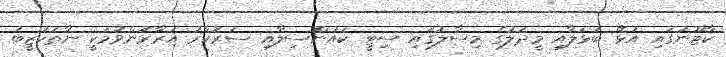
ކާޓޫނުގައި އުޅޭ ބުޅަލާއި މީދަލުގެ މިސާލުގައި ސިޓީ ކައުންސިލާއި ސަރުކާރު އަރާރުންވުމަކީ ނާތަހުޒީބު